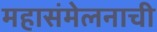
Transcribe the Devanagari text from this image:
महासंमेलनाची